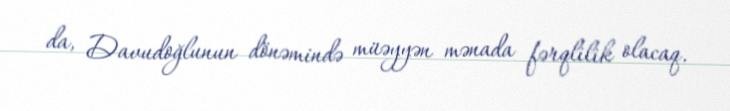
da, Davudoğlunun dönəmində müəyyən mənada fərqlilik olacaq.